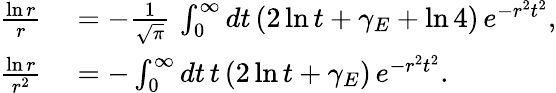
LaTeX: \begin{array}{rl}{\frac{\ln r}{r}}&{{}=-\frac{1}{\sqrt{\pi}}\, \int_{0}^{\infty}dt\, (2\ln t+\gamma_{E}+\ln 4)\, e^{-r^{2}t^{2}},}\\ {\frac{\ln r}{r^{2}}}&{{}=-\int_{0}^{\infty}dt\, t\, (2\ln t+\gamma_{E})\, e^{-r^{2}t^{2}}.}\end{array}